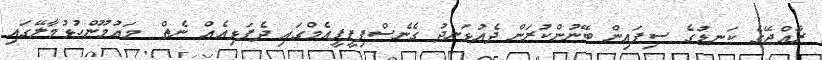
ރާއްޖޭގެ ކަނޑުގެ ސިފައިން ބޭނުންކުރަން ދެއުޅަނދު ގެނެސްފިޕީޕީއެމްގައި ދެފަޅިއެއް ނެތް  މައުމޫންހުޅުމާލޭގައި